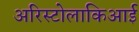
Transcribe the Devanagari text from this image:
अरिस्टोलाकिआई